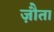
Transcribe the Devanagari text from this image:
ज़ौता